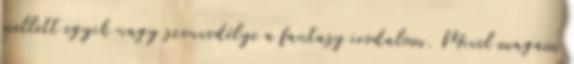
mellett egyik nagy szenvedélye a fantasy irodalom. Mivel magam